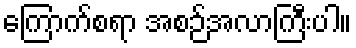
ကြောက်စရာ အစဉ်အလာကြီးပါ။